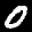
Label: 0